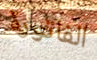
الفاتورة